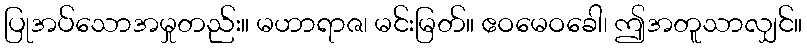
ပြုအပ်သောအမှုတည်း။ မဟာရာဇ၊ မင်းမြတ်။ ဧဝမေဝခေါ၊ ဤအတူသာလျှင်။